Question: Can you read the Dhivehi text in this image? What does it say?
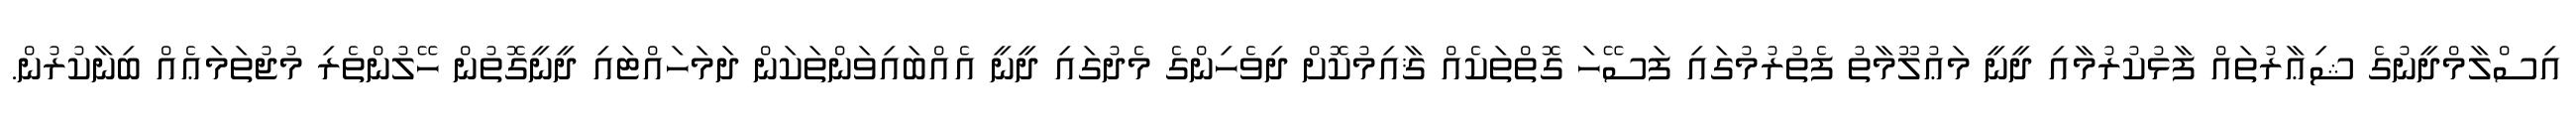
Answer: އިސްލާމްދީނުގެ ޝިޢާރުތައް ފާޅުކުރުމާއި ދީނީ މަޢުލޫމާތު ފެތުރުމުގައި ފަސޭހަ ގޮތްތަކެއް ޤާއިމުކޮށް ދިވެހިންގެ މެދުގައި ދީނީ އެއްބައިވަންތަކަން ދަމަހައްޓައި ދީނީގޮތުން ހޭލުންތެރި މުޖުތަމަޢެއް ބިނާކުރުން.